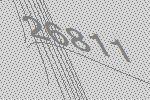
26811